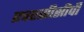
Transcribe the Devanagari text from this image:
एचएसीसीपी